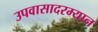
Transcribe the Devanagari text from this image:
उपवासादरम्यान